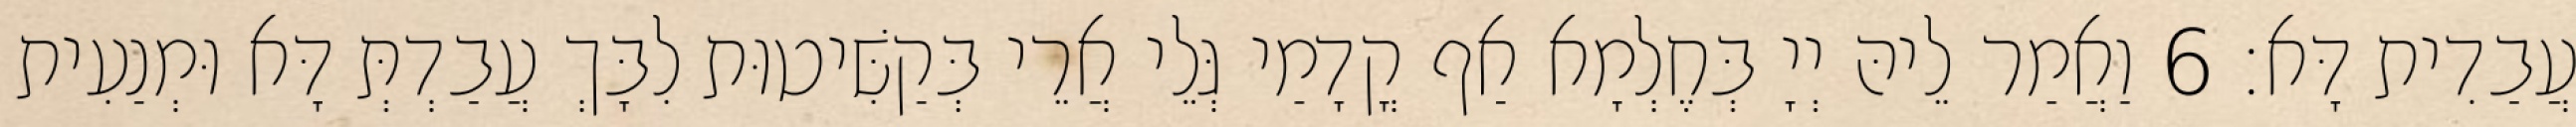
עֲבַדִית דָּא׃ 6 וַאֲמַר לֵיהּ יְיָ בְּחֶלְמָא אַף קֳדָמַי גְּלֵי אֲרֵי בְּקַשִּׁיטוּת לִבָּךְ עֲבַדְתְּ דָּא וּמְנַעִית